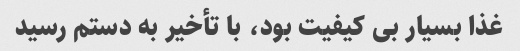
غذا بسیار بی کیفیت بود، با تأخیر به دستم رسید